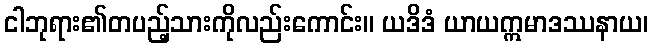
ငါဘုရား၏တပည့်သားကိုလည်းကောင်း။ ယဒိဒံ ယာယဣမာဒဿနာယ၊